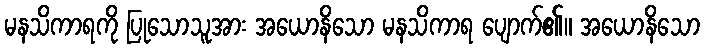
မနသိကာရကို ပြုသောသူအား အယောနိသော မနသိကာရ ပျောက်၏။ အယောနိသော